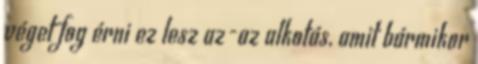
véget fog érni ez lesz az-az alkotás, amit bármikor